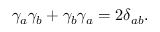
\gamma _ { a } \gamma _ { b } + \gamma _ { b } \gamma _ { a } = 2 \delta _ { a b } .